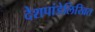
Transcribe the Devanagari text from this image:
देशपांडेलिखित